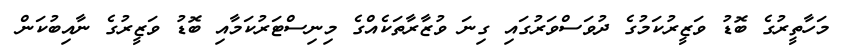
މަހާތީރުގެ ބޮޑު ވަޒީރުކަމުގެ ދުވަސްވަރުގައި ގިނަ ވުޒާރާތަކެއްގެ މިނިސްޓަރުކަމާއި ބޮޑު ވަޒީރުގެ ނާއިބުކަން